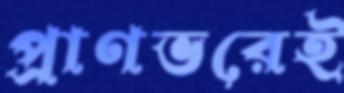
প্রাণভরেই